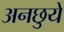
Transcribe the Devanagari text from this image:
अनछुये